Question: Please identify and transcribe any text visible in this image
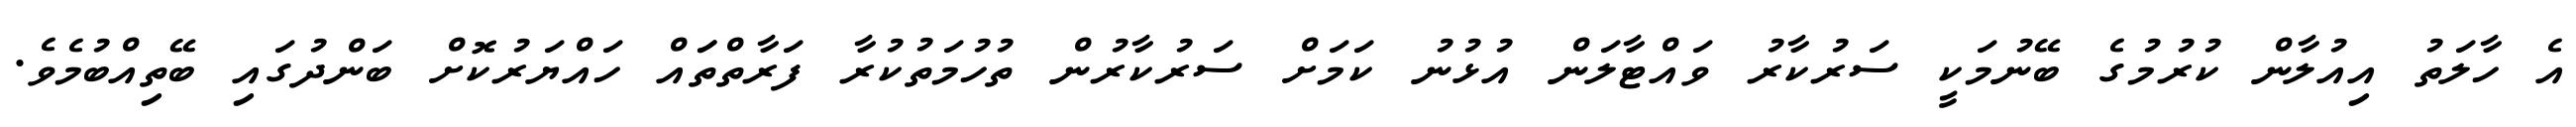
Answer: އެ ހާލަތު އިއުލާން ކުރުމުގެ ބޭނުމަކީ ސަރުކާރު ވައްޓާލަން އުޅުނު ކަމަށް ސަރުކާރުން ތުހުމަތުކުރާ ފަރާތްތަައް ހައްޔަރުކޮށް ބަންދުގައި ބޭތިއްބުމެވެ.